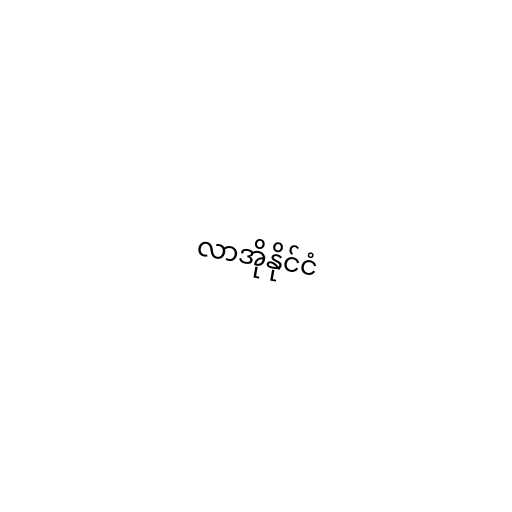
လာအိုနိုင်ငံ